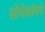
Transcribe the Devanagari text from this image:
सोपेकॉमचे